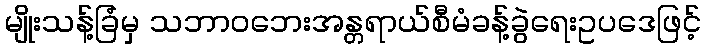
မျိုးသန့်ခြံမှ သဘာဝဘေးအန္တရာယ်စီမံခန့်ခွဲရေးဥပဒေဖြင့်